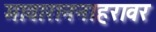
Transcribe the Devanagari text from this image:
मावाराननाहरावर